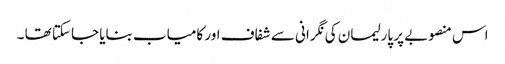
اس منصوبے پر پارلیمان کی نگرانی سے شفاف اور کامیاب بنایا جاسکتا تھا ۔